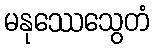
မနုဿေသွေတံ